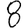
Digit: 8